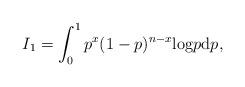
LaTeX: \begin{align*}I_1 = \int_0^1 p^x (1-p)^{n-x} {\rm log} p {\rm d} p,\end{align*}